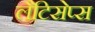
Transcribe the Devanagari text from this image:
लैटिसेप्स